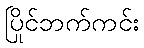
ပြိုင်ဘက်ကင်း